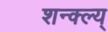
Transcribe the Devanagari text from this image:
शन्क्ल्य्